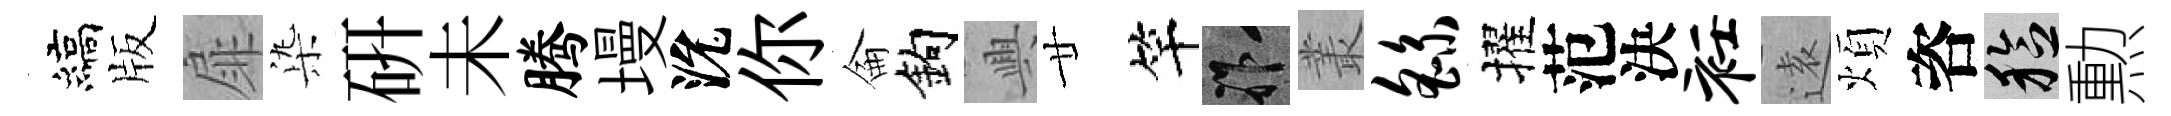
縞版扉𣑱硏未腾墁沇你侖鈎興廿竿祚叢繇擢范決衽逺煩咨稔勲